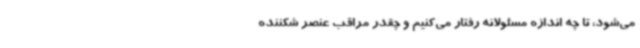
می‌شود، تا چه اندازه مسئولانه رفتار می‌کنیم و چقدر مراقب عنصر شکننده